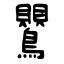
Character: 鸎